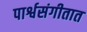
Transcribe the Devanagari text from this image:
पार्श्वसंगीतात